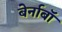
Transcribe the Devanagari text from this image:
बेर्नाबॉ